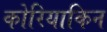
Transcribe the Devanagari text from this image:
कोरियाकिन